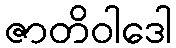
ဇာတိဝါဒေါ